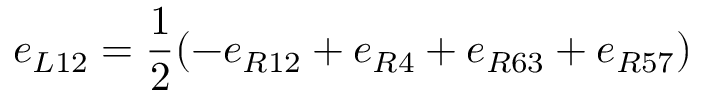
e _ { L 1 2 } = \frac { 1 } { 2 } ( - e _ { R 1 2 } + e _ { R 4 } + e _ { R 6 3 } + e _ { R 5 7 } )